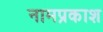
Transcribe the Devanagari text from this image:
नामप्रकाश